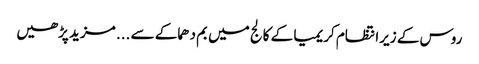
روس کے زیرانتظام کریمیا کے کالج میں بم دھماکے سے ... مزید پڑھیں